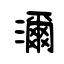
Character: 濔